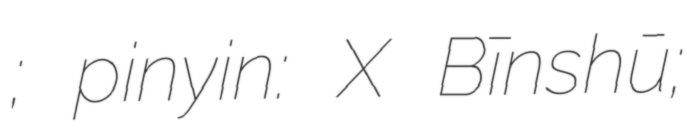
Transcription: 許斌姝; pinyin: Xǔ Bīnshū;